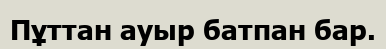
Пұттан ауыр батпан бар.